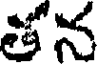
తన